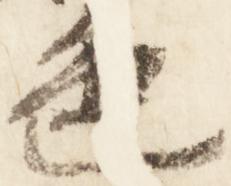
色